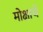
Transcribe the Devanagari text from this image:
मोक्षाचे